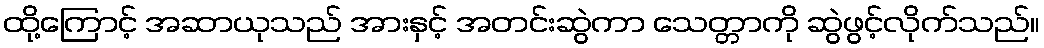
ထို့ကြောင့် အဆာယုသည် အားနှင့် အတင်းဆွဲကာ သေတ္တာကို ဆွဲဖွင့်လိုက်သည်။